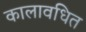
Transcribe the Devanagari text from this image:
कालावधित